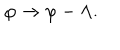
LaTeX: \varphi \rightarrow \varphi - \Lambda .